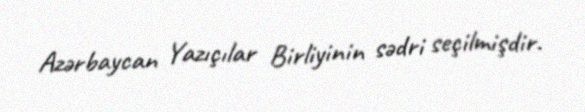
Azərbaycan Yazıçılar Birliyinin sədri seçilmişdir.